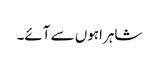
شاہراہوں سے آئے۔